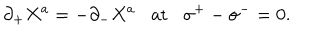
\partial _ { + } X ^ { a } = - \partial _ { - } X ^ { a } \mathrm { a t } \sigma ^ { + } - \sigma ^ { - } = 0 .